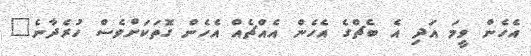
އެހެން ވީމަ އަދި އެ ބެޗްގެ އެހެން އެއްޗެއް އެހެން ގޮތަކަށްވެސް ހުރެދާނެ"